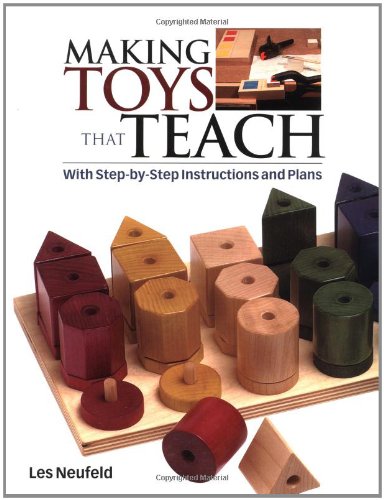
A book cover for Making Toys That Teach: With Step-by-Step Instructions and Plans; Les Neufeld; Crafts, Hobbies & Home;